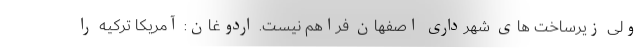
ولی زیرساخت های شهرداری اصفهان فراهم نیست. اردوغان: آمریکا ترکیه را